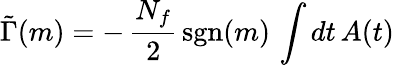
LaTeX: \tilde{\Gamma}(m)=-\, \frac{N_{f}}{2}\, \mathrm{sgn}(m)\, \int dt\, A(t)